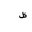
Letter: _za